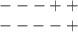
LaTeX: \begin{align*}\begin{array}{c} ---++ \\ ----+ \end{array}\end{align*}